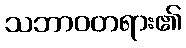
သဘာဝတရား၏